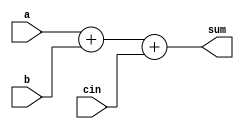
`timescale 1ns / 1ps


module fullAdder(sum,a,b,cin);
    
    parameter n = 3;
    input [n-1:0]a,b;
    input cin;
    output reg [n:0]sum;
    always@(a,b)
        begin
         sum = a+b+cin;
        end
endmodule